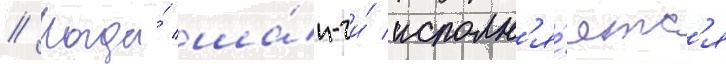
// Когда́ ша́н-чи́ исполн'я́етс'я